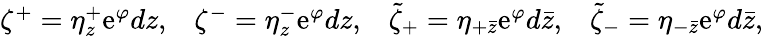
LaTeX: \begin{array}{llll}{{\zeta^{+}=\eta_{z}^{+}\mathrm{e}^{\varphi}dz,}}&{{\zeta^{-}=\eta_{z}^{-}\mathrm{e}^{\varphi}dz,}}&{{\tilde{\zeta}_{+}=\eta_{+\bar{z}}\mathrm{e}^{\varphi}d\bar{z},}}&{{\tilde{\zeta}_{-}=\eta_{-\bar{z}}\mathrm{e}^{\varphi}d\bar{z},}}\end{array}